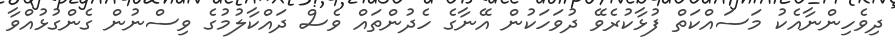
ދިވެހިންނާއެކު މަސައްކަތް ފުޅާކުރެވޭ ދުވަހަކުން އޭނާގެ ހެދުންތައް ވެސް ދައްކާލުމުގެ ވިސްނުން ގެންގުޅުއްވާ